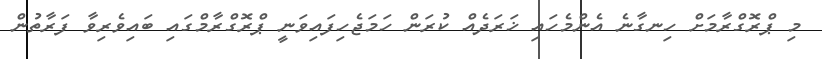
މި ޕްރޮގްރާމަށް ހިނގާނެ އެންމެހައި ޚަރަދެއް ކުރަން ހަމަޖެހިފައިވަނީ ޕްރޮގްރާމްގައި ބައިވެރިވާ ފަރާތުން